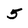
Character: 5